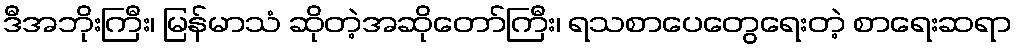
ဒီအဘိုးကြီး၊ မြန်မာသံ ဆိုတဲ့အဆိုတော်ကြီး၊ ရသစာပေတွေရေးတဲ့ စာရေးဆရာ